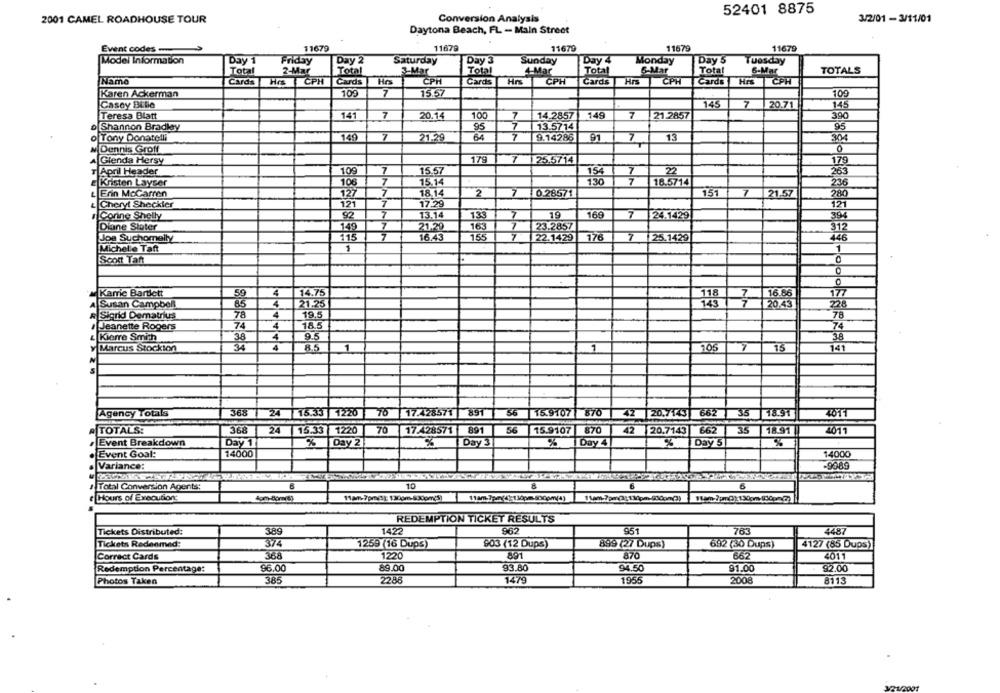
52401 8875
2001 CAMEL ROADHOUSE TOUR
Conversion Analysis
3/2/01 - 3/11/01
Daytona Beach, FL - Main Street
Event codes -..
11679
11679
11679
11679
11679
Model Information
Day 1
Friday
Day 2
Saturday
Day 3
Sunday
Day 4
Monday
Day S
Tuesday
2-Mar
Total
Total
6-Mar
Total
Total
Total
3-Mar
4-Mar
6-Mar
TOTALS
Name
Cards
He CPH
Cards
CPH
Cards
Hrs
CPH
Cards Hrs
CPH
Cards Hrs
CPH
Karen Ackerman
109
7
15.57
109
145
20.71
Casey Bilia
7
145
Teresa Blatt
141
7
20.14
100
7
14.2857
149
7
21.2857
390
7
o Shannon Bradley
95
13.5714
95
o Tony Donatelli
149
21.29
64
7
9.14286
91
7
13
3.04
Dennis Groff
179
7
25.5714
Glenda Hersy
179
April Header
10g
7
15.57
154
7
22
263
7
eKristen Layser
108
7
15.14
130
18.5714
236
L Erin Mccarren
127
7
18.14
2
7
0.28571
151
7
21.57
280
Cheryt Sheckler
121
7
17.29
92
7
13.14
7
19
169
7
24.1429
Corine Shelly
394
Diane Sloter
7
21.29
23.2857
312
7
7
Joe Suchomelly
115
16.43
22.1429
176
7 25.1429
446
Michelle Taft
1
Scott Tant
Karrie Bartlett
4
14.75
118
7
16.86
Susan Campbell
85
4
21.25
20.43
228
Sigrid Dematrius
78
4
19.5
78
4
18.5
Jeanette Rogers
Kierre Smith
38
4
9.5
38
34
106
7
Marcus Stockton
8.5
1
1
15
141
Agency Totals
368 24 15.33 1220 76 17.428571 891
56 15.9107 870
42 20.7143 662 35 18.91
4011
A TOTALS:
368
24
15.33
1220
70
17.428571
891
56
15.9107
870
42
35
18.91
20.7143 662
4011
Event Breakdown
Day 1
%
Day 2
%
Day 3
%
Day 4
%
Day 5
%
Event Goal:
14000
14000
Variance:
-9089
Total Conversion Agents:
10
6
e Hours of Execution:
REDEMPTION TICKET RESULTS
Tickets Distributed:
389
1422
962
951
763
4487
Tickets Redenmed:
374
1259 (16 Dups)
903 (12 Dups)
899 (27 Dups)
692 (30 Dups)
4127 (85 Dups)
368
1220
891
870
662
4011
Correct Cards
$6.00
89.00
93.80
94.50
91.00
92.00
Redemption Percentage:
Photos Taken
385
2286
1479
1955
2008
8113